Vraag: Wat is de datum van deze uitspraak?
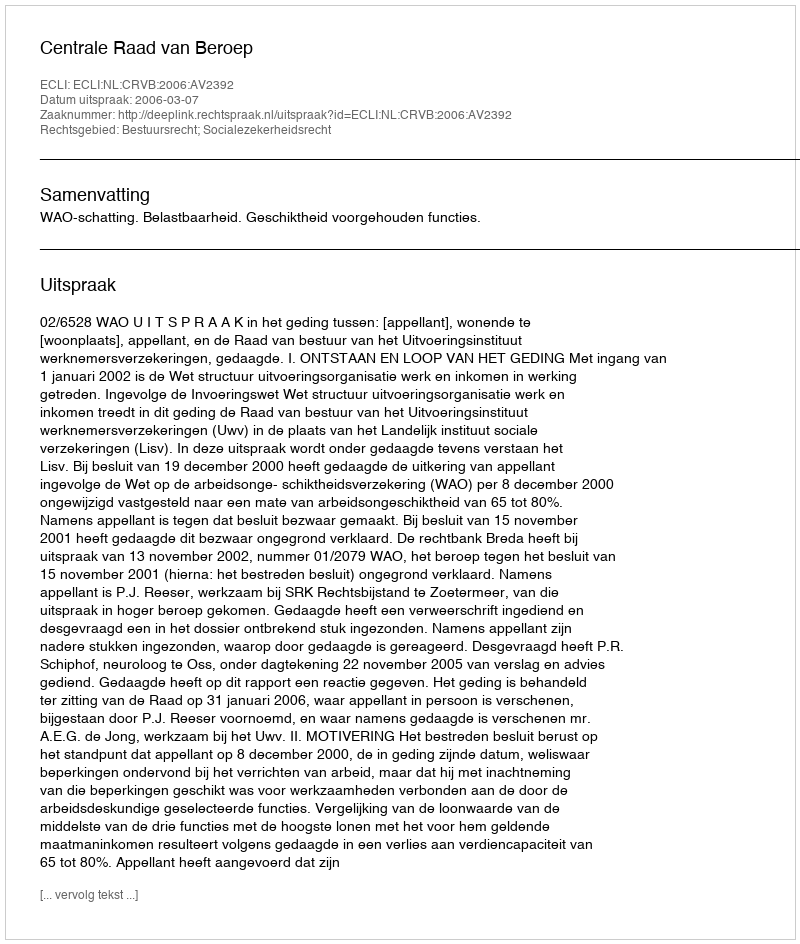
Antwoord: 2006-03-07